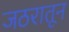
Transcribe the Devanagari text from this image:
जठरातून